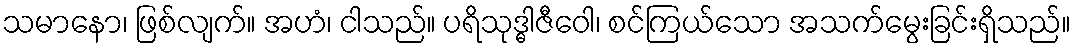
သမာနော၊ ဖြစ်လျက်။ အဟံ၊ ငါသည်။ ပရိသုဒ္ဓါဇီဝေါ၊ စင်ကြယ်သော အသက်မွေးခြင်းရှိသည်။